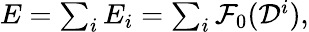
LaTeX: \begin{array}{r}{E=\sum_{i}E_{i}=\sum_{i}\mathcal F_{0}(\mathcal D^{i}),}\end{array}